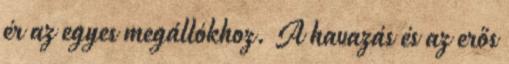
ér az egyes megállókhoz. A havazás és az erős